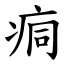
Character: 痌